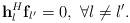
LaTeX: \begin{align*} {\bf{h}}_l^H{{\bf{f}}_{l'}} = 0,\ \forall l \ne l'. \end{align*}